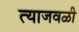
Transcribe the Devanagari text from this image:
त्याजवळी